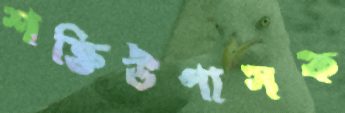
শক্তিউপাসক